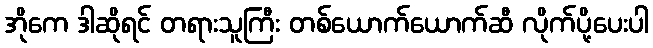
အိုကေ ဒါဆိုရင် တရားသူကြီး တစ်ယောက်ယောက်ဆီ လိုက်ပို့ပေးပါ